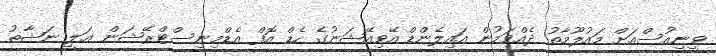
ވީނިއުސްއަށް މައުލޫމާތު ދެއްވަމުން އައިލެންޑް އޭވިއޭޝަނުގެ ހެޑް އޮފް އެޑްމިނިސްޓްރޭޝަން ޢަލީ ނަޝާތު